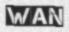
WAN